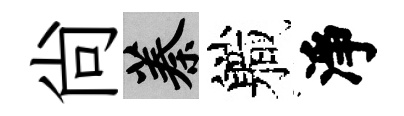
尚蓁軄淨